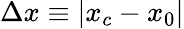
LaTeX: \Delta x\equiv|x_{c}-x_{0}|